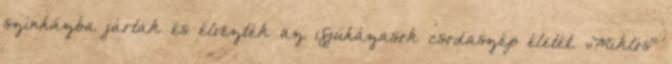
színházba jártak és élvezték az ifjúházasok csodaszép életét. „Miklós”